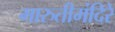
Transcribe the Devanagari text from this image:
मारुतीमंदिरे